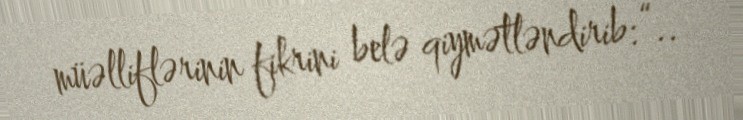
müəlliflərinin fikrini belə qiymətləndirib: “..